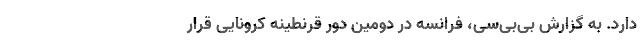
دارد. به گزارش بی‌بی‌سی، فرانسه در دومین دور قرنطینه کرونایی قرار